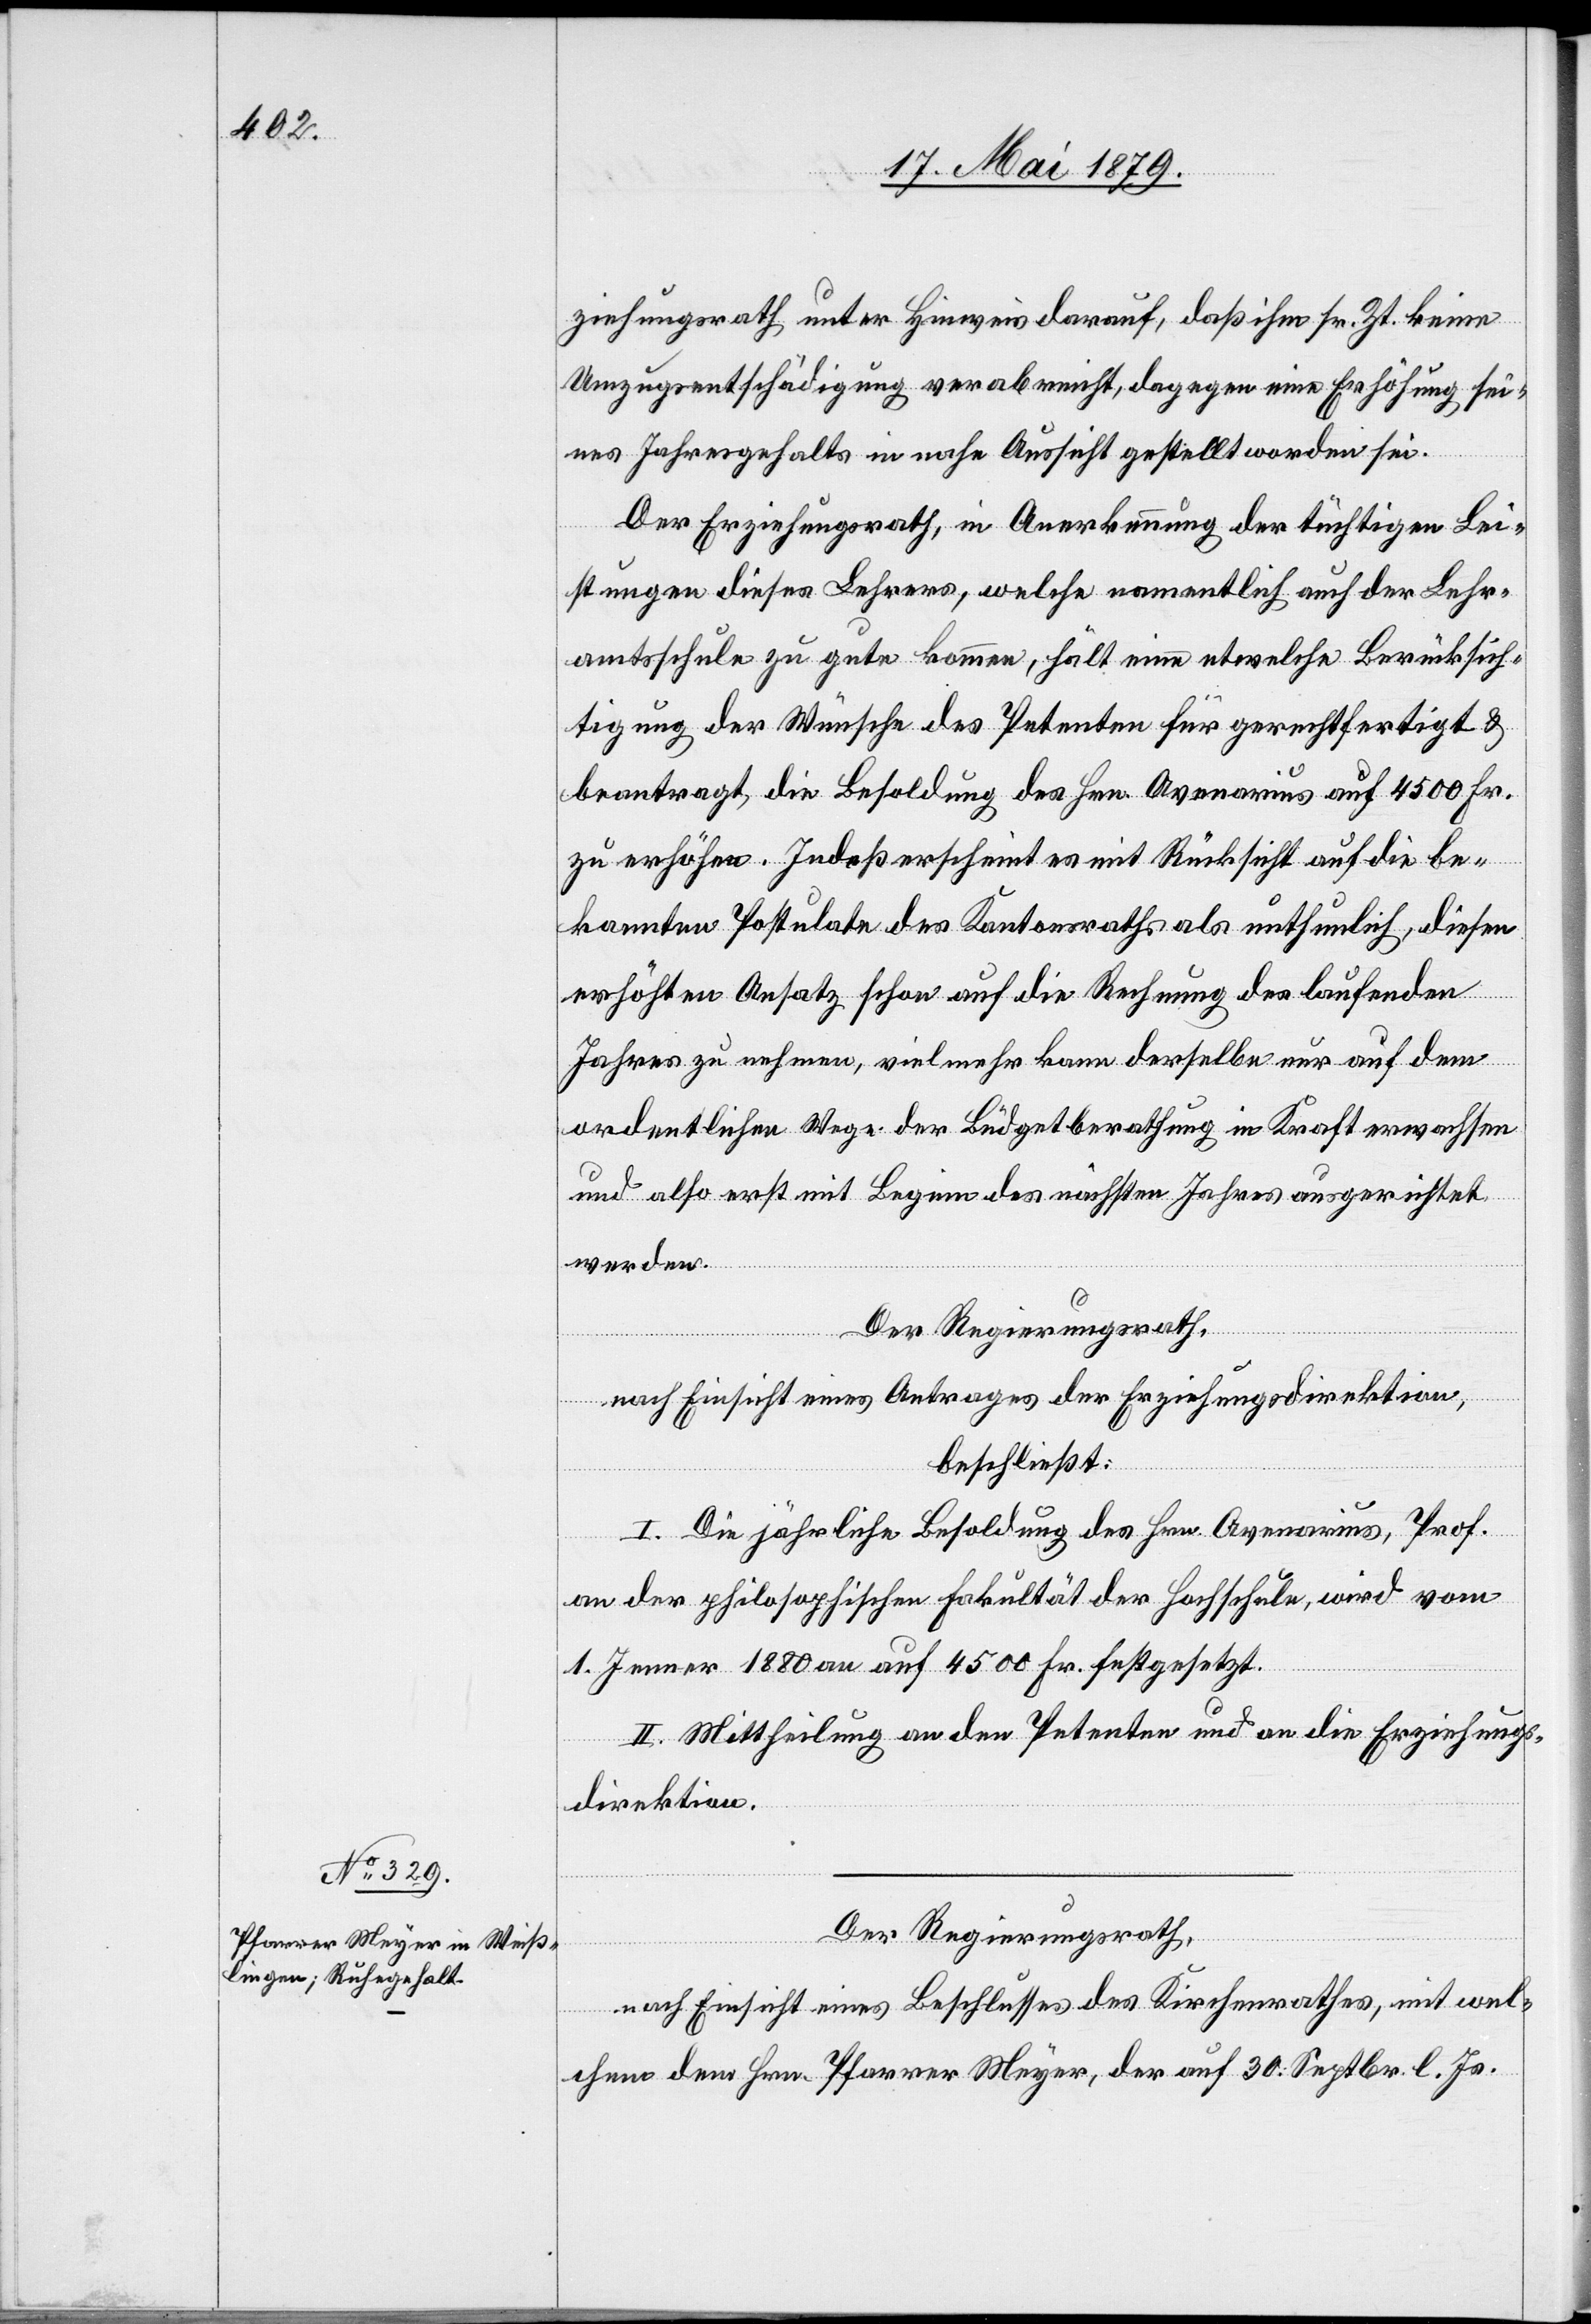
ziehungsrath unter Hinweis darauf, daß ihm sr. Zt. keine
Umzugsentschädigung verabreicht, dagegen eine Erhöhung sei¬
nes Jahresgehalts in nahe Aussicht gestellt worden sei.
Der Erziehungsrath, in Anerkennung der tüchtigen Lei¬
stungen dieses Lehrers, welche namentlich auch der Lehr¬
amtsschule zu gute kommen, hält eine etwelche Berücksich¬
tigung der Wünsche des Petenten für gerechtfertigt &
beantragt, die Besoldung des Hrn. Avenarius auf 4500 Fr.
zu erhöhen. Indeß erscheint es mit Rücksicht auf die be¬
kannten Postulate des Kantonsraths als unthunlich, diesen
erhöhten Ansatz schon auf die Rechnung des laufenden
Jahres zu nehmen, vielmehr kann derselbe nur auf dem
ordentlichen Wege der Büdgetberathung in Kraft erwachsen
und also erst mit Beginn des nächsten Jahres ausgerichtet
werden.
Der Regierungsrath,
nach Einsicht eines Antrages der Erziehungsdirektion,
beschließt:
I. Die jährliche Besoldung des Hrn. Avenarius, Prof.
an der philosophischen Fakultät der Hochschule, wird vom
1. Jenner 1880 an auf 4500 Fr. festgesetzt.
II. Mittheilung an den Petenten und an die Erziehungs¬
direktion.
Der Regierungsrath,
nach Einsicht eines Beschlusses des Kirchenrathes, mit wel¬
chem dem Hrn. Pfarrer Meyer, der auf 30. Septbr. l. Js.